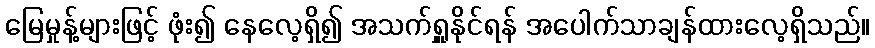
မြေမှုန့်များဖြင့် ဖုံး၍ နေလေ့ရှိ၍ အသက်ရှူနိုင်ရန် အပေါက်သာချန်ထားလေ့ရှိသည်။